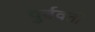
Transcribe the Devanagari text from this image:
पुर्ववर्ती